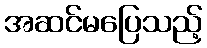
အဆင်မပြေသည့်